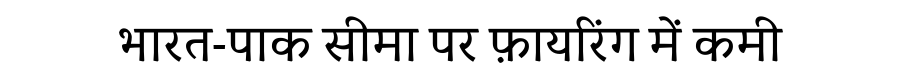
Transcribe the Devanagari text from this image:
भारत-पाक सीमा पर फ़ायरिंग में कमी